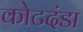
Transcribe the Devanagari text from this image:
कोटदंडा